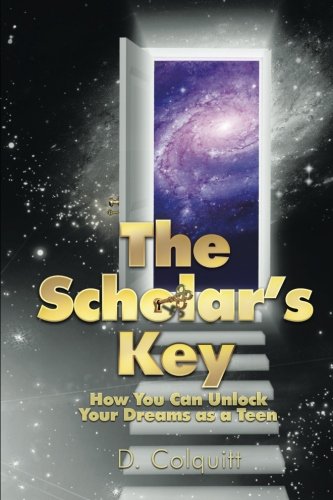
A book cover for The Scholar's Key: How You Can Unlock Your Dreams as a Teen; D. Colquitt; Education & Teaching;